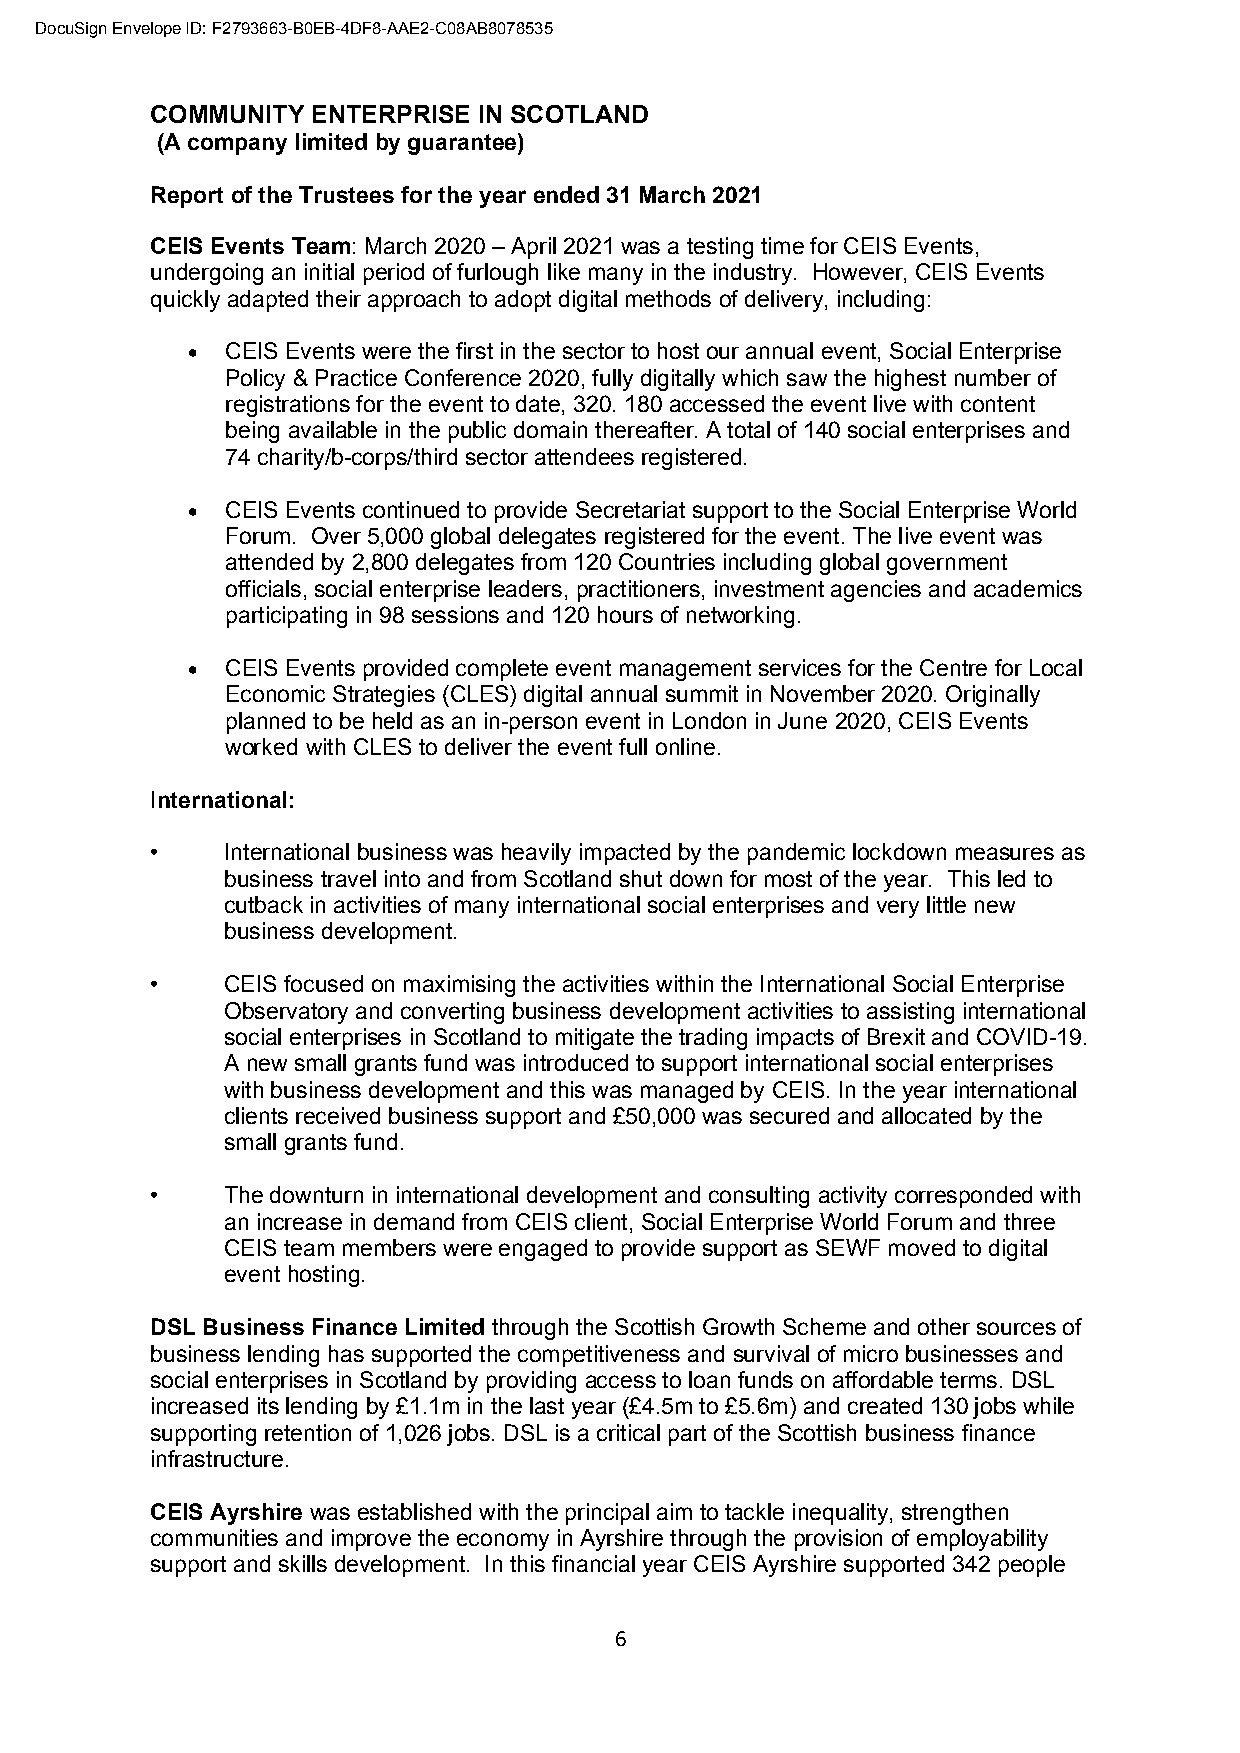
DocuSign Envelope ID: F2793663-B0EB-4DF8-AAE2-C08AB8078535
 COMMUNITY  ENTERPRISE IN SCOTLAND
 (A company limited by guarantee)
 Report of the Trustees for the year ended 31 March 2021
 CEIS Events Team: March 2020 – April 2021 was a testing time for CEIS Events,
 undergoing an initial period of furlough like many in the industry. However, CEIS Events
 quickly adapted their approach to adopt digital methods of delivery, including:
 •  CEIS Events were the first in the sector to host our annual event, Social Enterprise
 Policy & Practice Conference 2020, fully digitally which saw the highest number of
 registrations for the event to date, 320. 180 accessed the event live with content
 being available in the public domain thereafter. A total of 140 social enterprises and
 74 charity/b-corps/third sector attendees registered.
 •  CEIS Events continued to provide Secretariat support to the Social Enterprise World
 Forum. Over 5,000 global delegates registered for the event. The live event was
 attended by 2,800 delegates from 120 Countries including global government
 officials, social enterprise leaders, practitioners, investment agencies and academics
 participating in 98 sessions and 120 hours of networking.
 •  CEIS Events provided complete event management services for the Centre for Local
 Economic Strategies (CLES) digital annual summit in November 2020. Originally
 planned to be held as an in-person event in London in June 2020, CEIS Events
 worked with CLES to deliver the event full online.
 International:
 •    International business was heavily impacted by the pandemic lockdown measures as
 business travel into and from Scotland shut down for most of the year. This led to
 cutback in activities of many international social enterprises and very little new
 business development.
 •    CEIS focused on maximising the activities within the International Social Enterprise
 Observatory and converting business development activities to assisting international
 social enterprises in Scotland to mitigate the trading impacts of Brexit and COVID-19.
 A new small grants fund was introduced to support international social enterprises
 with business development and this was managed by CEIS. In the year international
 clients received business support and £50,000 was secured and allocated by the
 small grants fund.
 •    The downturn in international development and consulting activity corresponded with
 an increase in demand from CEIS client, Social Enterprise World Forum and three
 CEIS team members were engaged to provide support as SEWF moved to digital
 event hosting.
 DSL Business Finance Limited through the Scottish Growth Scheme and other sources of
 business lending has supported the competitiveness and survival of micro businesses and
 social enterprises in Scotland by providing access to loan funds on affordable terms. DSL
 increased its lending by £1.1m in the last year (£4.5m to £5.6m) and created 130 jobs while
 supporting retention of 1,026 jobs. DSL is a critical part of the Scottish business finance
 infrastructure.
 CEIS Ayrshire was established with the principal aim to tackle inequality, strengthen
 communities and improve the economy in Ayrshire through the provision of employability
 support and skills development. In this financial year CEIS Ayrshire supported 342 people
 6